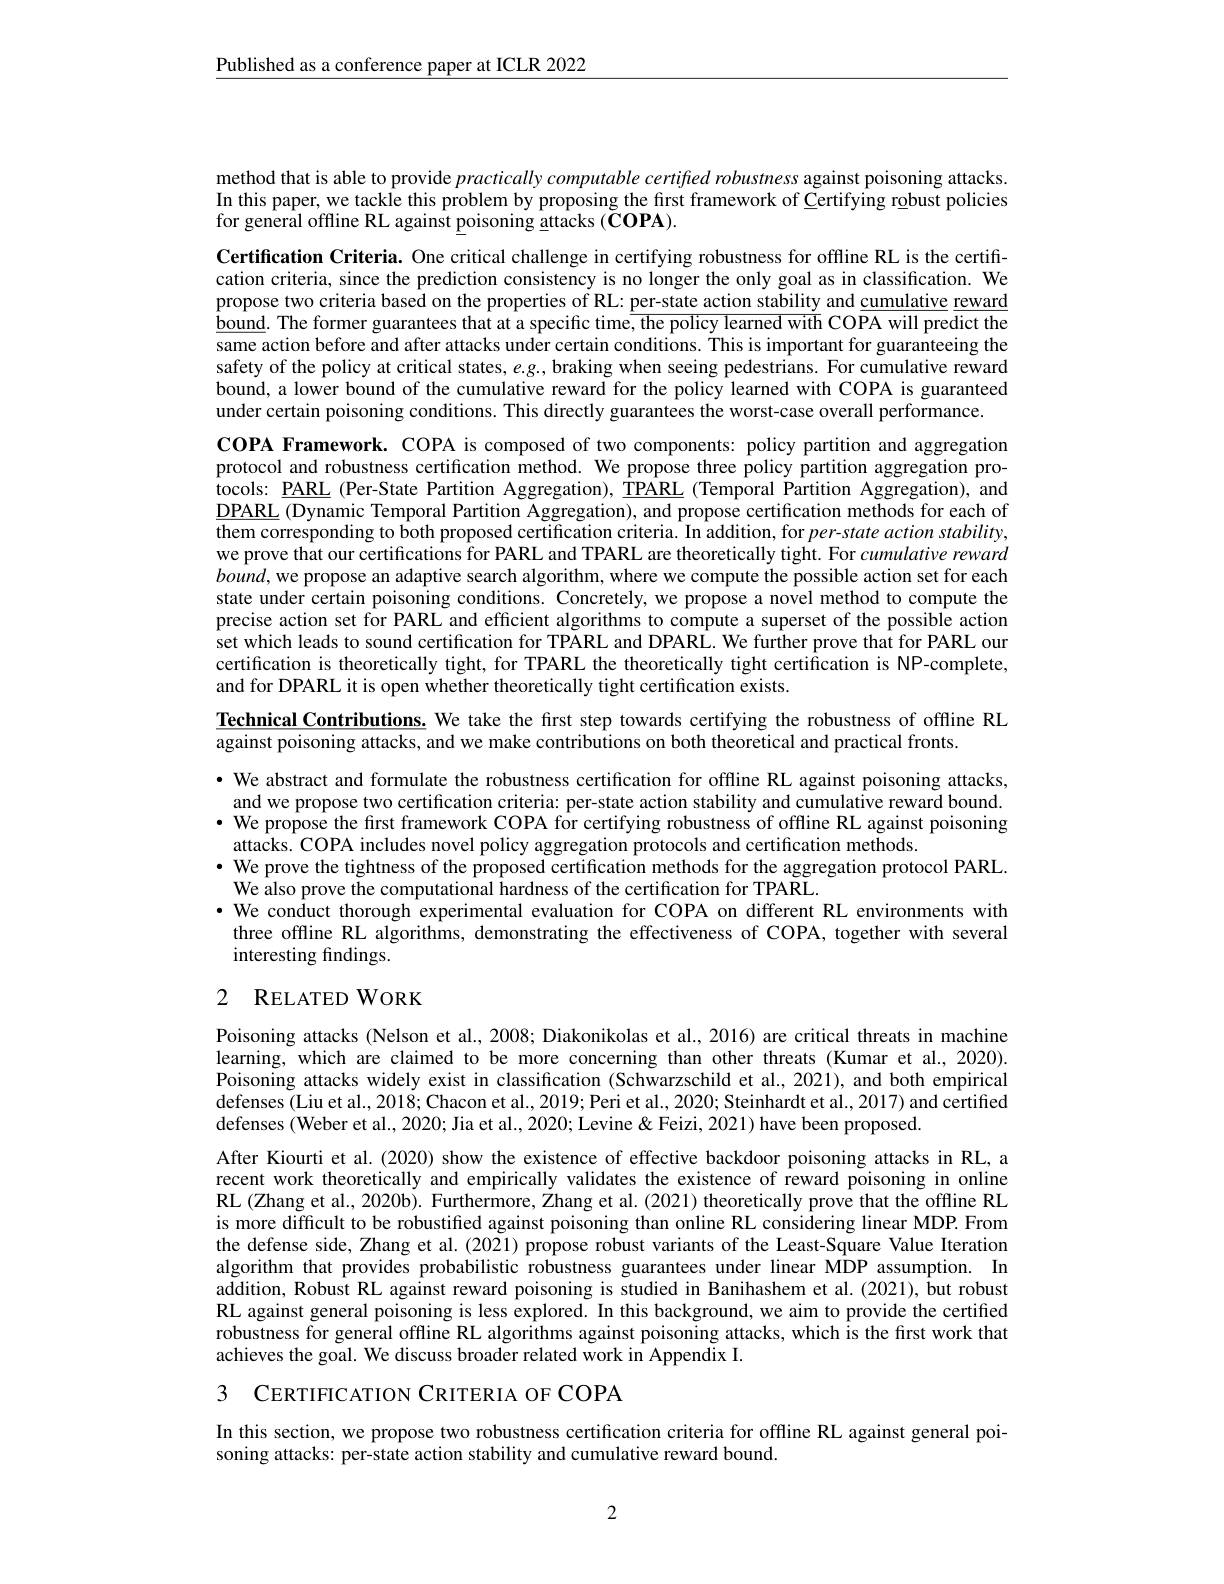
Published as a conference paper at ICLR 2022

method that is able to provide practically computable certifred robustness against poisoning attacks. In this paper, we tackle this problem by proposing the first framework of Certifying robust policies for general offline RL against poisoning attacks ( ÕOPA).

Certification Criteria. One critical challenge in certifying robustness for offline RL is the certiffcation criteria, since the prediction consistency is no longer the only goal as in classification. We propose two criteria based on the properties of RL: $\frac{\text{per-state action stability and}}{1-1-1-1-1-1-1-1-1-1}$ GODA $\frac{\text{reward}}{1-1-1-1}\frac{\text{reward}}{1-1-1}$ $\underline{\text{bound. The former guarantees that at a specific time, the policy learned with COPA will predict the}}$ same action before and after attacks under certain conditions. This is important for guaranteeing the safety of the policy at critical states, $e.g.$, braking when seeing pedestrians. For cumulative reward bound, a lower bound of the cumulative reward for the policy learned with COPA is guaranteed under certain poisoning conditions. This directly guarantees the worst-case overall performance.
COPA Framework. COPA is composed of two components: policy partition and aggregation protocol and robustness certification method. We propose three policy partition aggregation protocols: $\underline{\mathrm{PARL}}$ (Per-State Partition Aggregation), TPARL (Temporal Partition Aggregation), and $\underline{\text{DPARL }}$(Dynamic Temporal Partition Aggregation), and propose certification methods for each of them corresponding to both proposed certification criteria. In addition, for per-state action stability, we prove that our certifications for PARL and TPARL are theoretically tight. For cumulative reward $bound$, we propose an adaptive search algorithm, where we compute the possible action set for each state under certain poisoning conditions. Concretely, we propose a novel method to compute the precise action set for PARL and efficient algorithms to compute a superset of the possible action set which leads to sound certification for TPARL and DPARL. We further prove that for PARL our certification is theoretically tight, for TPARL the theoretically tight certification is NP-complete, and for DPARL it is open whether theoretically tight certification exists.
$\underline{\textbf{Technical Contributions. We take the first step towards certifying the robustness of offline RL}}$
against poisoning attacks, and we make contributions on both theoretical and practical fronts.
· We abstract and formulate the robustness certification for offline RL against poisoning attacks, and we propose two certification criteria: per-state action stability and cumulative reward bound.
$\cdot$ We propose the first framework COPA for certifying robustness of offline RL against poisoning
attacks. COPA includes novel policy aggregation protocols and certification methods.
$\cdot$ We prove the tightness of the proposed certification methods for the aggregation protocol PARL.
We also prove the computational hardness of the certification for TPARL.
·We conduct thorough experimental evaluation for COPA on different RL environments with
three offline RL algorithms, demonstrating the effectiveness of COPA, together with several
interesting findings.

# 2 RELATED WORK

Poisoning attacks (Nelson et al., 2008; Diakonikolas et al., 2016) are critical threats in machine learning, which are claimed to be more concerning than other threats (Kumar et al., 2020). Poisoning attacks widely exist in classification (Schwarzschild et al., 2021), and both empirical defenses (Liu et al., 2018; Chacon et al., 2019; Peri et al. 2020; Steinhardt et al., 2017) and certified defenses (Weber et al., 2020; Jia et al., 2020; Levine & Feizi, 2021) have been proposed.

After Kiourti et al. (2020) show the existence of effective backdoor poisoning attacks in RL, a recent work theoretically and empirically validates the existence of reward poisoning in online RL (Zhang et al., 2020b). Furthermore, Zhang et al. (2021) theoretically prove that the offline RL is more difficult to be robustified against poisoning than online RL considering linear MDP. From the defense side, Zhang et al. (2021) propose robust variants of the Least-Square Value Iteration algorithm that provides probabilistic robustness guarantees under linear MDP assumption. In addition, Robust RL against reward poisoning is studied in Banihashem et al.(2021), but robust RL against general poisoning is less explored. In this background, we aim to provide the certified robustness for general offline RL algorithms against poisoning attacks, which is the first work that achieves the goal. We discuss broader related work in Appendix I.

3 CERTIFICATION CRITERIA OF COPA

In this section, we propose two robustness certification criteria for offline RL against general poi-
soning attacks: per-state action stability and cumulative reward bound.

2